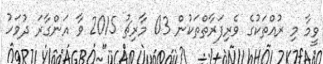
ވީމާ މި ރުއްތަކުގެ ވެރިފަރާތްތަކުން 03 މާރިޗު 2015 ވާ އަންގާރަ ދުވަހު